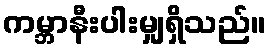
ကမ္ဘာနီးပါးမျှရှိသည်။